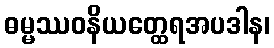
ဓမ္မဿဝနိယတ္ထေရအပဒါန၊